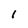
Character: 1